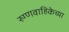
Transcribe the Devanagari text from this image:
रुग्णवाहिकेच्या